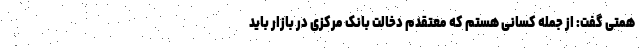
همتی گفت: از جمله کسانی هستم که معتقدم دخالت بانک مرکزی در بازار باید